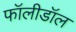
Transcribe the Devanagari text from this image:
फॉलीडॉल